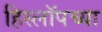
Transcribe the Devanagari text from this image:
हिस्लॉपच्या